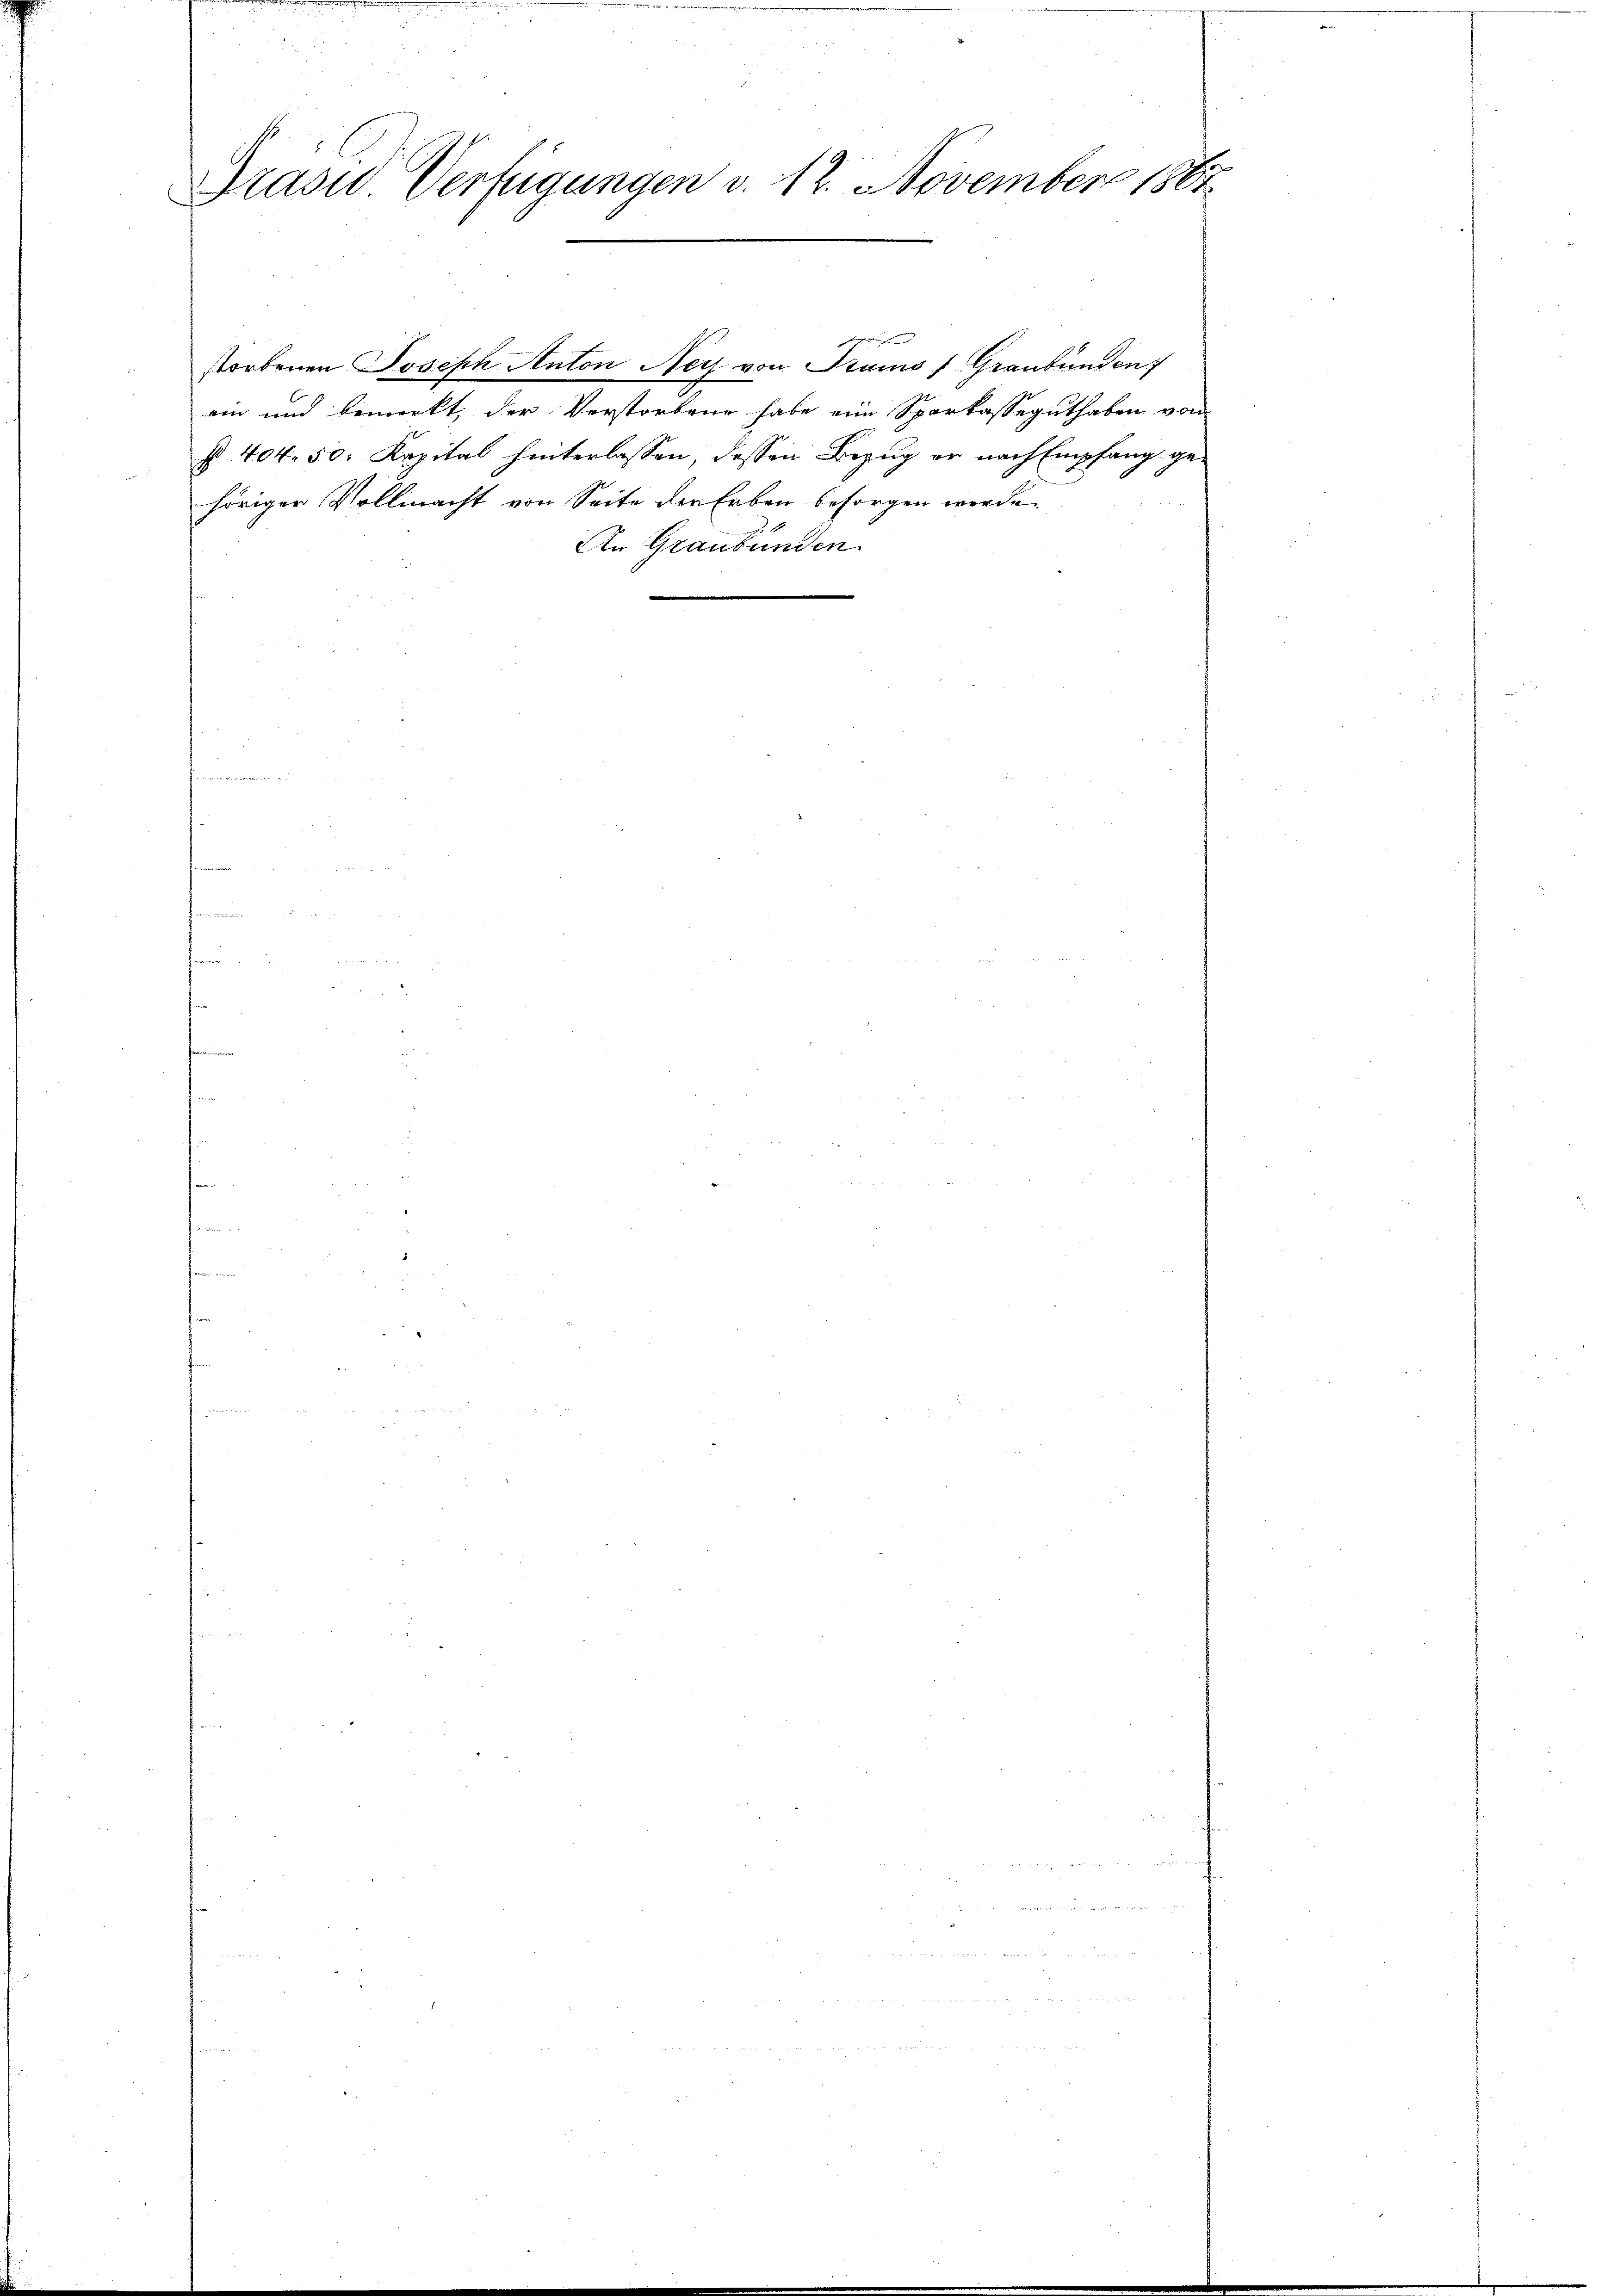
Präsid Verfügungen v. 12. November 1867

sache
ein und bemerkt, der Verstorbene habe eine Sparkasseguthaben von
p. 404. 50. Kapital hinterlassen, dessen Bezug er nach Empfang gehöriger Vollmacht von Seite der Erben besorgen werde.
An Graubünden

storbenen Joseph Anton Ney von Stums (Graubünden